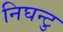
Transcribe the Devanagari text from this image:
निघन्टु